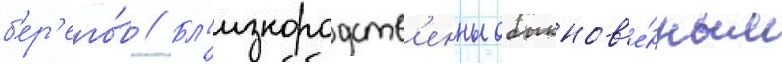
б'ер'его́в // Бл'изкородств'енны обыкнов'е́нным